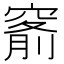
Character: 𥦹